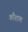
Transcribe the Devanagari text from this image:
कौशाम